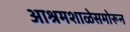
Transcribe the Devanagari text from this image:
आश्रमशाळेसमोरून